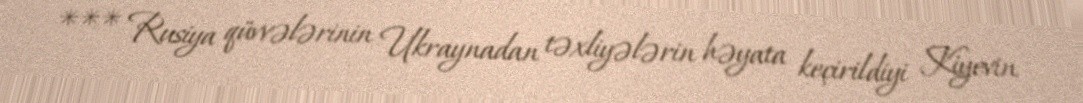
*** Rusiya qüvvələrinin Ukraynadan təxliyələrin həyata keçirildiyi Kiyevin